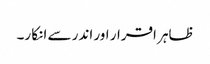
ظاہر اقرار اور اندر سے انکا ر۔